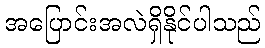
အပြောင်းအလဲရှိနိုင်ပါသည်